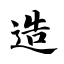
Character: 造